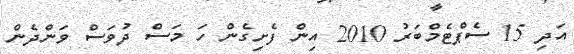
އަދި 15 ސެޕްޓެމްބަރު 2010 އިން ފެށިގެން ހަ މަސް ދުވަސް ވަންދެން